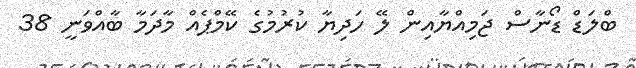
ބްލަޑް ޑޯނާސް ޖަމިއްޔާއިން ލޭ ހަދިޔާ ކުރުމުގެ ކޭމްޕެއް މާދަމާ ބާއްވަނީ 38